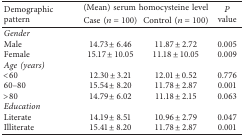
<table><thead><tr><td rowspan="2"><b>Demographic pattern</b></td><td colspan="2"><b>(Mean) serum homocysteine level</b></td><td rowspan="2"><b><i>P</i> value</b></td></tr><tr><td><b>Case (<i>n</i>=100)</b></td><td><b>Control (<i>n</i>=100)</b></td></tr></thead><tbody><tr><td><i>Gender</i></td><td> </td><td> </td><td> </td></tr><tr><td>Male</td><td>14.73 ± 6.46</td><td>11.87 ± 2.72</td><td>0.005</td></tr><tr><td>Female</td><td>15.17 ± 10.05</td><td>11.18 ± 10.05</td><td>0.009</td></tr><tr><td><i>Age (years)</i></td><td> </td><td> </td><td> </td></tr><tr><td>&lt;60</td><td>12.30 ± 3.21</td><td>12.01 ± 0.52</td><td>0.776</td></tr><tr><td>60–80</td><td>15.54 ± 8.20</td><td>11.78 ± 2.87</td><td>0.001</td></tr><tr><td>&gt;80</td><td>14.79 ± 6.02</td><td>11.18 ± 2.15</td><td>0.063</td></tr><tr><td><i>Education</i></td><td> </td><td> </td><td> </td></tr><tr><td>Literate</td><td>14.19 ± 8.51</td><td>10.96 ± 2.79</td><td>0.047</td></tr><tr><td>Illiterate</td><td>15.41 ± 8.20</td><td>11.78 ± 2.87</td><td>0.001</td></tr></tbody></table>